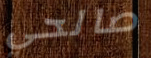
صالحي